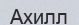
Ахилл